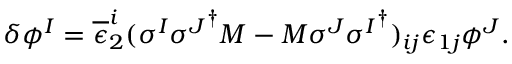
\delta \phi ^ { I } = \overline { { { \epsilon } } } _ { 2 } ^ { i } ( \sigma ^ { I } { \sigma ^ { J } } ^ { \dagger } M - M \sigma ^ { J } { \sigma ^ { I } } ^ { \dagger } ) _ { i j } \epsilon _ { 1 j } \phi ^ { J } .